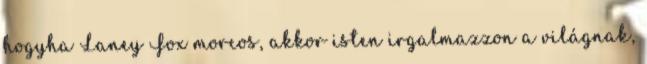
hogyha Laney Fox morcos, akkor isten irgalmazzon a világnak,